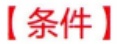
【条件】